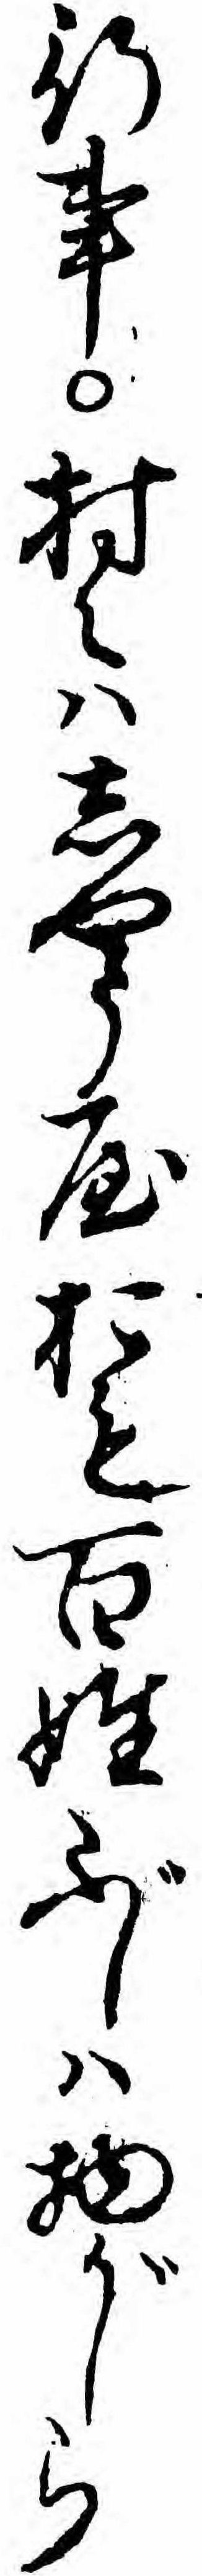
行事村々ハしやう屋おも百姓ぶしハ物がしら